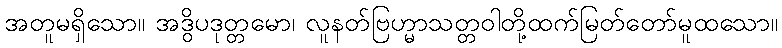
အတူမရှိသော။ အဒွိပဒုတ္တမော၊ လူနတ်ဗြဟ္မာသတ္တဝါတို့ထက်မြတ်တော်မူထသော။